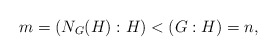
\begin{align*}m = (N_G(H): H) < (G:H) = n, \end{align*}